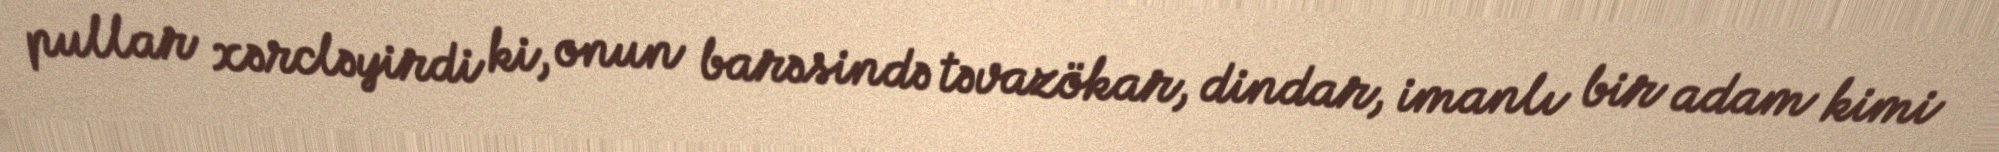
pullar xərcləyirdi ki, onun barəsində təvazökar, dindar, imanlı bir adam kimi